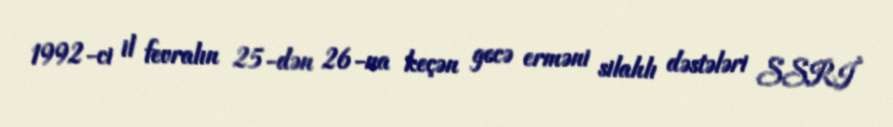
1992-ci il fevralın 25-dən 26-na keçən gecə erməni silahlı dəstələri SSRİ